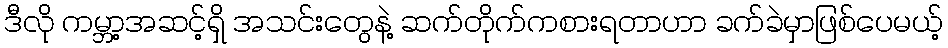
ဒီလို ကမ္ဘာ့အဆင့်ရှိ အသင်းတွေနဲ့ ဆက်တိုက်ကစားရတာဟာ ခက်ခဲမှာဖြစ်ပေမယ့်